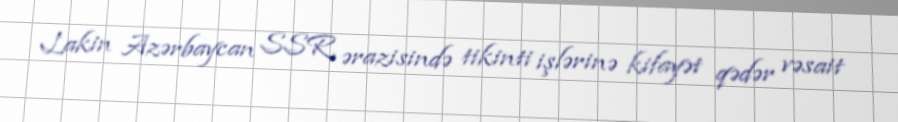
Lakin Azərbaycan SSR ərazisində tikinti işlərinə kifayət qədər vəsait